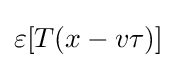
\varepsilon [T(x-v\tau )]